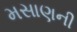
મસાણની